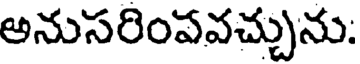
అనుసరింపవచ్చును: